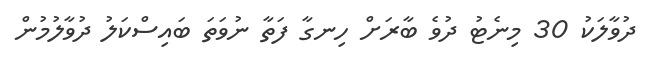
ދުވާލަކު 30 މިނެޓު ދުވެ ބާރަށް ހިނގާ ފަތާ ނުވަތަ ބައިސްކަލު ދުވާލުމުން